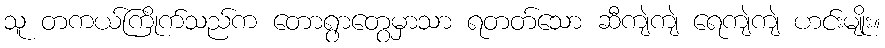
သူ တကယ်ကြိုက်သည်က တောရွာတွေမှာသာ ရတတ်သော ဆီကျဲကျဲ ရေကျဲကျဲ ဟင်းမျိုး။